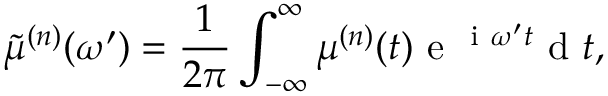
\tilde { \mu } ^ { ( n ) } ( \omega ^ { \prime } ) = \frac { 1 } { 2 \pi } \int _ { - \infty } ^ { \infty } \mu ^ { ( n ) } ( t ) \mathrm { ~ e ~ } ^ { \mathrm { ~ i ~ } \omega ^ { \prime } t } \mathrm { ~ d ~ } t ,